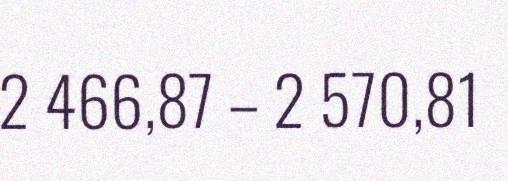
2 466,87 – 2 570,81